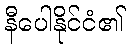
နီပေါနိုင်ငံ၏